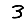
Digit: 3